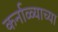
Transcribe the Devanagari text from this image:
कर्नाळ्याच्या